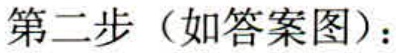
第二步（如答案图）：